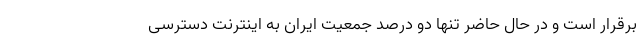
برقرار است و در حال حاضر تنها دو درصد جمعیت ایران به اینترنت دسترسی